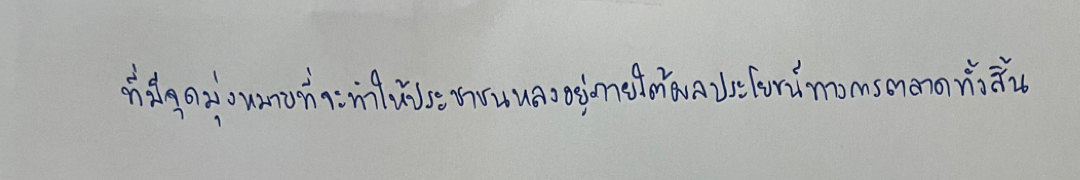
ที่มีจุดมุ่งหมายที่จะทำให้ประชาชนหลงอยู่ภายใต้ผลประโยชน์ทางการตลาดทั้งสิ้น